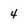
Character: 4